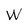
Character: W